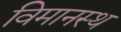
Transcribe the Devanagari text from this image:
विमानस्थ